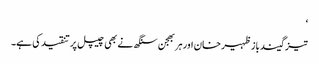
‘
تیز گیند باز ظہیر خان اور ہربھجن سنگھ نے بھی چیپل پر تنقید کی ہے۔